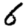
Digit: 6